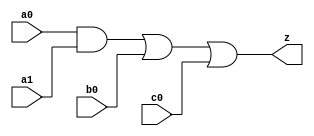
// This program was cloned from: https://github.com/aolofsson/oh
// License: MIT License

//#############################################################################
//# Function: And-Or (ao211) Gate                                             #
//#                                                                           #
//# Copyright: OH Project Authors. All rights Reserved.                       #
//# License:  MIT (see LICENSE file in OH repository)                         # 
//#############################################################################

module oh_ao211 #(parameter DW = 1 ) // array width
   (
    input [DW-1:0]  a0,
    input [DW-1:0]  a1,
    input [DW-1:0]  b0,
    input [DW-1:0]  c0, 
    output [DW-1:0] z
    );
   
   assign z = (a0 & a1) | b0 | c0;
   
endmodule